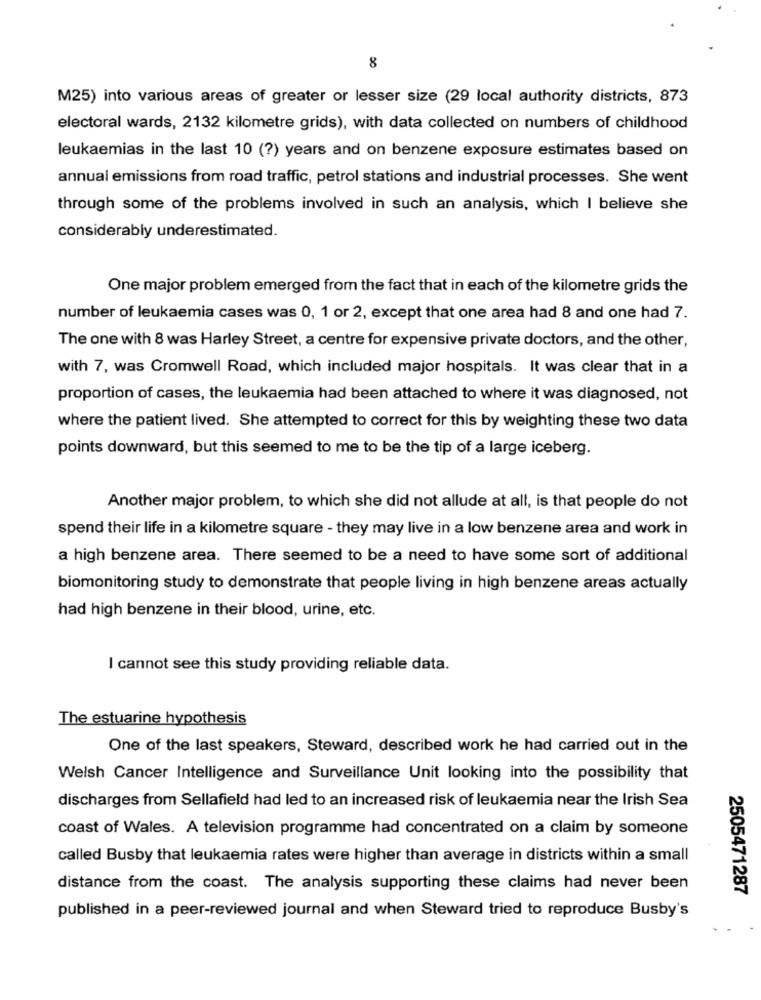
8
M25) into various areas of greater or lesser size (29 local authority districts, 873
electoral wards, 2132 kilometre grids), with data collected on numbers of childhood
leukaemias in the last 10 (?) years and on benzene exposure estimates based on
annual emissions from road traffic, petrol stations and industrial processes. She went
through some of the problems involved in such an analysis, which I believe she
considerably underestimated.
One major problem emerged from the fact that in each of the kilometre grids the
number of leukaemia cases was 0, 1 or 2, except that one area had 8 and one had 7.
The one with 8 was Harley Street, a centre for expensive private doctors, and the other,
with 7, was Cromwell Road, which included major hospitals. It was clear that in a
proportion of cases, the leukaemia had been attached to where it was diagnosed, not
where the patient lived. She attempted to correct for this by weighting these two data
points downward, but this seemed to me to be the tip of a large iceberg.
Another major problem, to which she did not allude at all, is that people do not
spend their life in a kilometre square - they may live in a low benzene area and work in
a high benzene area. There seemed to be a need to have some sort of additional
biomonitoring study to demonstrate that people living in high benzene areas actually
had high benzene in their blood, urine, etc.
I cannot see this study providing reliable data.
The estuarine hypothesis
One of the last speakers, Steward, described work he had carried out in the
Welsh Cancer Intelligence and Surveillance Unit looking into the possibility that
discharges from Sellafield had led to an increased risk of leukaemia near the Irish Sea
coast of Wales. A television programme had concentrated on a claim by someone
called Busby that leukaemia rates were higher than average in districts within a small
distance from the coast. The analysis supporting these claims had never been
2505471287
published in a peer-reviewed journal and when Steward tried to reproduce Busby's